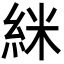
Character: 䋛